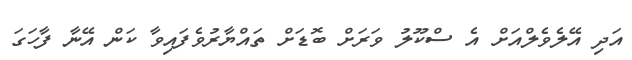
އަދި އޭލެވެލްއަށް އެ ސްކޫލު ވަރަށް ބޮޑަށް ތައްޔާރުވެފައިވާ ކަން އޭނާ ފާހަގަ